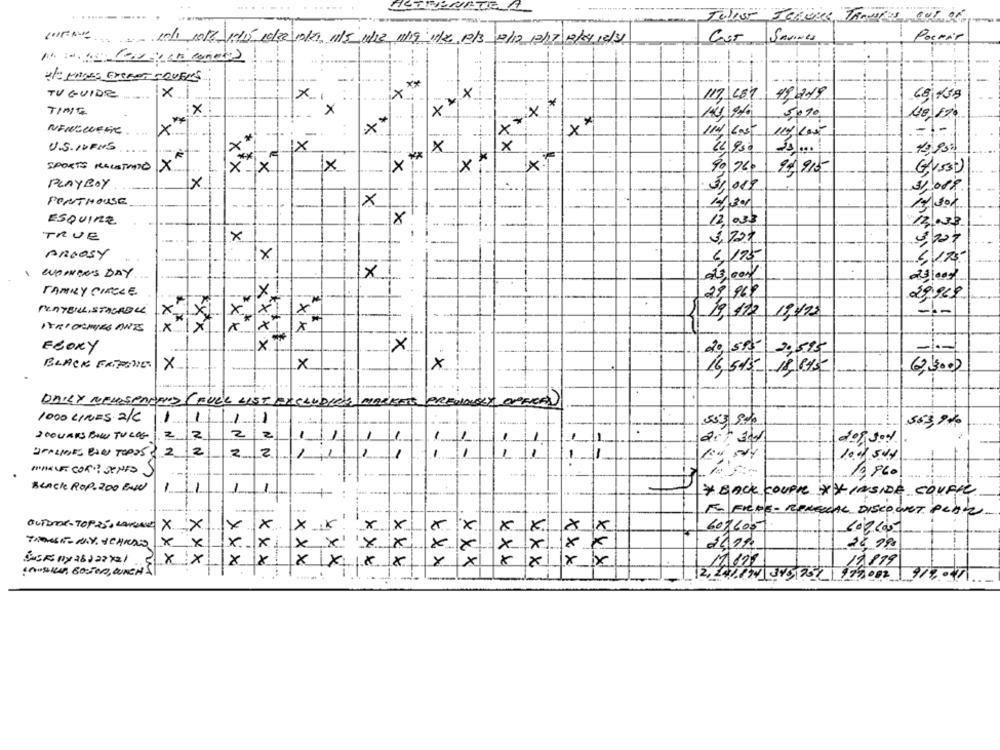
. ...... .....
Poemas
-.. .- 101 1012/15/15, 16/2/10/21, 11/5/1/12/11/19/ 11/20 12/3 12/12 /12/17 /12/04/12/31
Cost Sannes
**
TV GUIDE
X-I
X
117, 287
19/219
x
*
TIME
x
.X
X
X
111970
**
x
14 cost
U.S.1VRMS
X
1X
X
x
13,95%
***
1x
XT
SPORTS MAUSTRATOS
x !X
xx
X
90 76
90915
Ghost)
PLAYBOY
x
3,019
PENTHOUSE
×
ESQUIRE
×
12 03s
13,000
TRUE
x
3,72€
5,200
ARGOSY
x
6, 175
X
WOMEN'S DAY
TANKY CIRCLE
7
29 969
29,960
PRATBILL,STAGROLL
x
19, 172 19,492
ITRIONMES ANTES
xx
×
EGORY
xxxx
20, 55- 2,595
BLACK EXPONE
x
x
x
16,515- 18 845
10
DAILY NEWSENDENS ( FULL LIST WIELUDIEG
PREVIOUSLY OPENED
1000 LINES 2/C
1
1
563,9%
2 COUARS BIS TUCOS
2
2
2
2
1
1
2
OPALIDES RON TOPOS $ 2
2.
2
1
10.09 504
MARIE COR? SENES
13800
BLACK ROP. 200 RANd
1
* BACK COUPLE XX INSIDE COURIC
F- FIRDE - RENEICAL DISCO.WET PLATZ.
OUTODE-TOPES, LORIANE
×
×
607600
x x x x
x
xxx
xxx
x
x
xxx
x
xxx
x
xxx
xxx
xxx
xxxx
X1
xxx
17/19